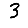
Digit: 3